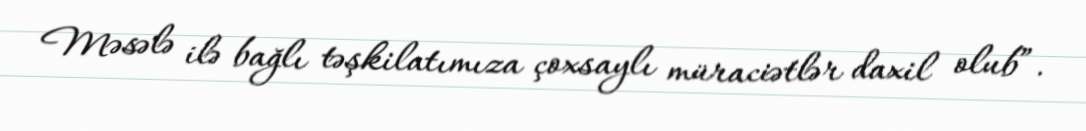
Məsələ ilə bağlı təşkilatımıza çoxsaylı müraciətlər daxil olub”.